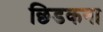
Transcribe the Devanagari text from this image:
छिडकना